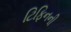
ટિફિનની